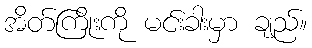
အိတ်ကြိုးကို မင်းခါးမှာ ချည်။